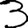
Digit: 3